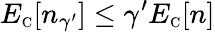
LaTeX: E_{\scriptscriptstyle\mathrm{C}}[n_{\gamma^{\prime}}]\leq\gamma^{\prime}E_{\scriptscriptstyle\mathrm{C}}[n]